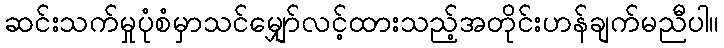
ဆင်းသက်မှုပုံစံမှာသင်မျှော်လင့်ထားသည့်အတိုင်းဟန်ချက်မညီပါ။